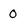
Character: O